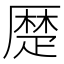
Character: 𠪴